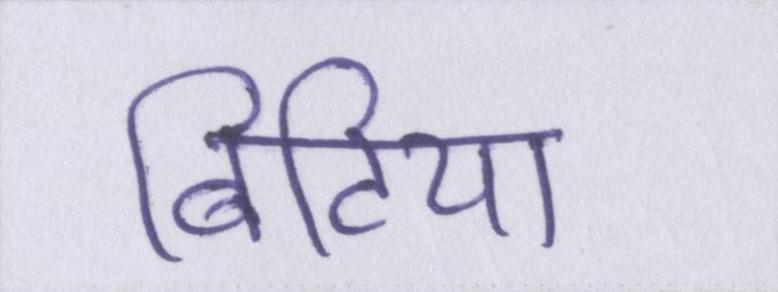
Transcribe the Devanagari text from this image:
बिटिया